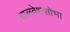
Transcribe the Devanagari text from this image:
बालवेशशोभा